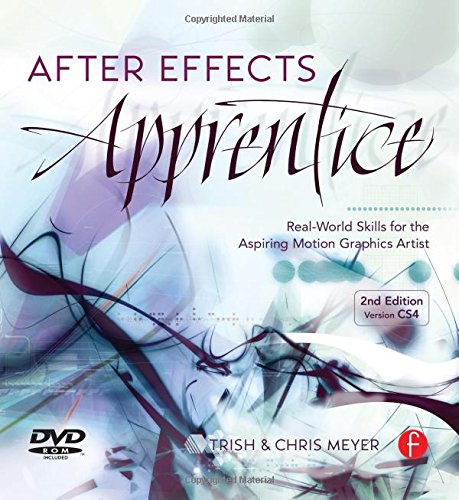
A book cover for After Effects Apprentice; Chris and Trish Meyer; Humor & Entertainment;